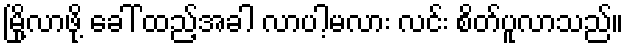
မြို့လာဖို့ ခေါ် ထည့်အခါ လာပါ့မလား လင်း စိတ်ပူလာသည်။